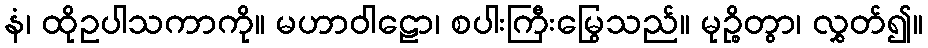
နံ၊ ထိုဥပါသကာကို။ မဟာဝါဠော၊ စပါးကြီးမြွေသည်။ မုဉ္စိတွာ၊ လွှတ်၍။